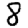
Digit: 8